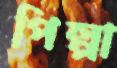
পিল্পা